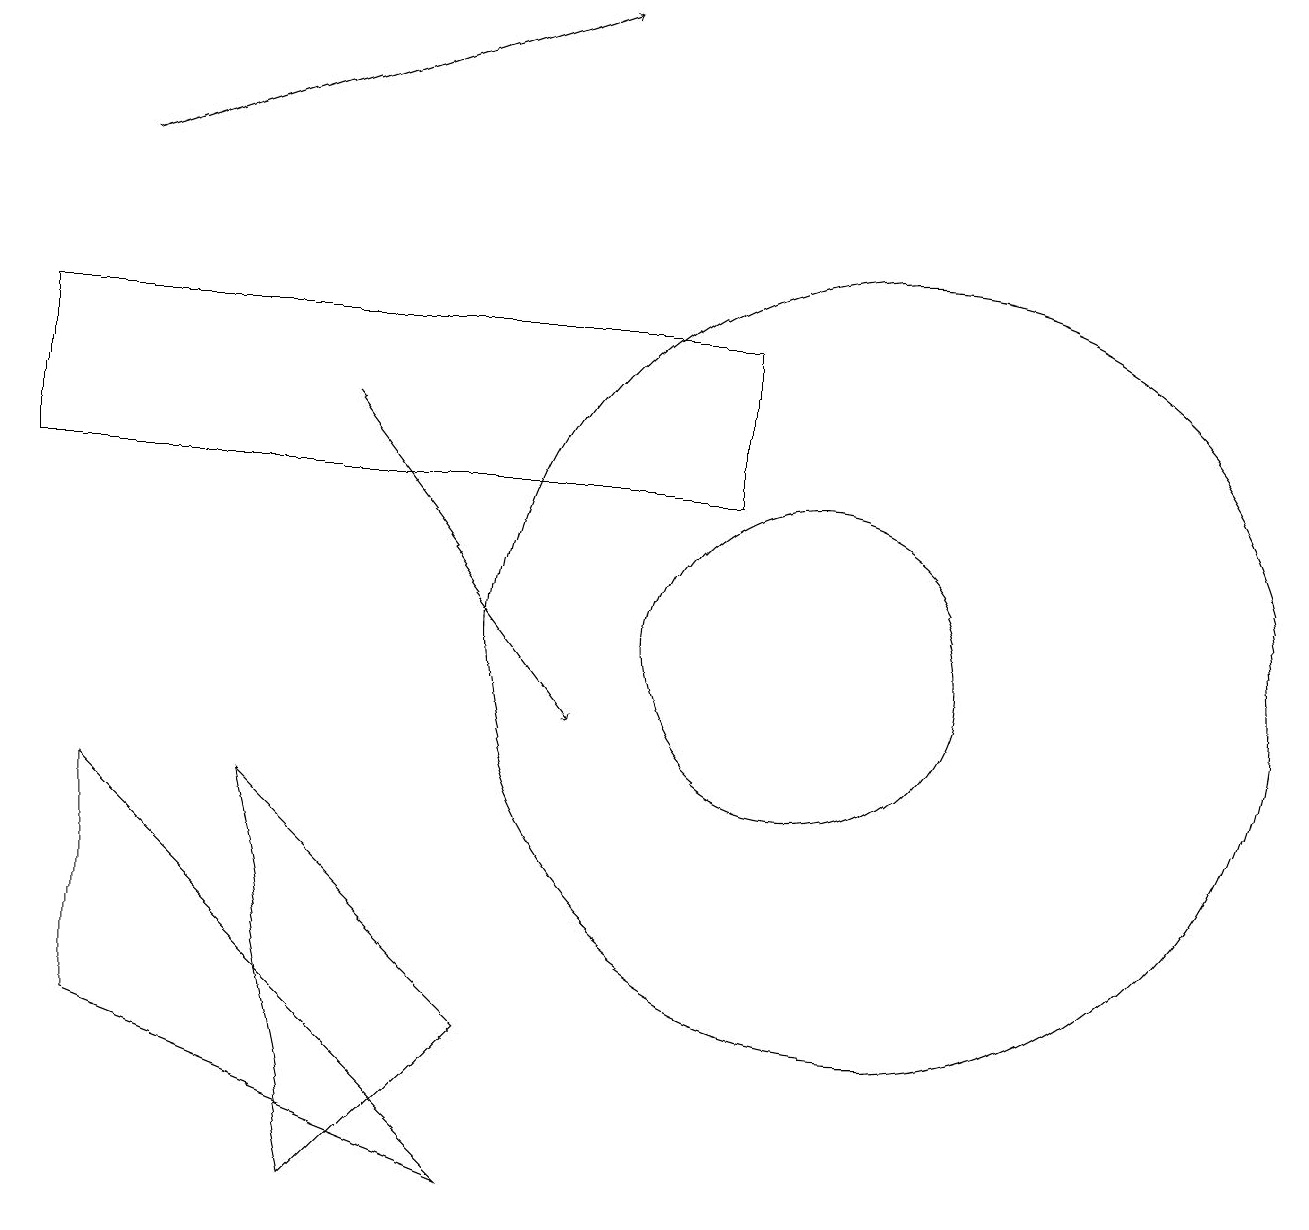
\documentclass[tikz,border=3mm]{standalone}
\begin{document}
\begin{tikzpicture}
\draw (1,9) -- (6,4) -- (1,6) -- cycle;
\draw (9,13) rectangle (0,15);
\draw (10,11) circle (2);
\draw[->] (4,14) -- (7,10);
\draw[->] (1,17) -- (7,19);
\draw (4,4) -- (6,6) -- (3,9) -- cycle;
\draw (11,11) circle (5);
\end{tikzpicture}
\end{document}